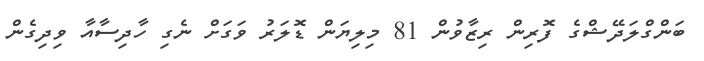
ބަންގްލަދޭޝްގެ ފޮރިން ރިޒާވުން 81 މިލިޔަން ޑޮލަރު ވަގަށް ނެގި ހާދިސާއާ ވިދިގެން